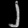
Digit: ၂